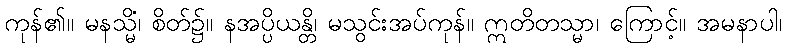
ကုန်၏။ မနသ္မိံ၊ စိတ်၌။ နအပ္ပိယန္တိ၊ မသွင်းအပ်ကုန်။ ဣတိတသ္မာ၊ ကြောင့်။ အမနာပါ၊